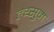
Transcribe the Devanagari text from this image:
ल्य्सुम